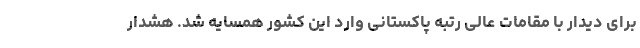
برای دیدار با مقامات عالی رتبه پاکستانی وارد این کشور همسایه شد. هشدار